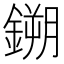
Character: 鎙